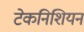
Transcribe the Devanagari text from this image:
टेकनिशियन